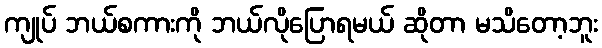
ကျုပ် ဘယ်စကားကို ဘယ်လိုပြောရမယ် ဆိုတာ မသိတော့ဘူး